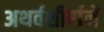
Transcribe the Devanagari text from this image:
अथर्वशीर्षानें